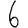
Digit: 6